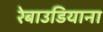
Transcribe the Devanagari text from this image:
रेबाउडियाना